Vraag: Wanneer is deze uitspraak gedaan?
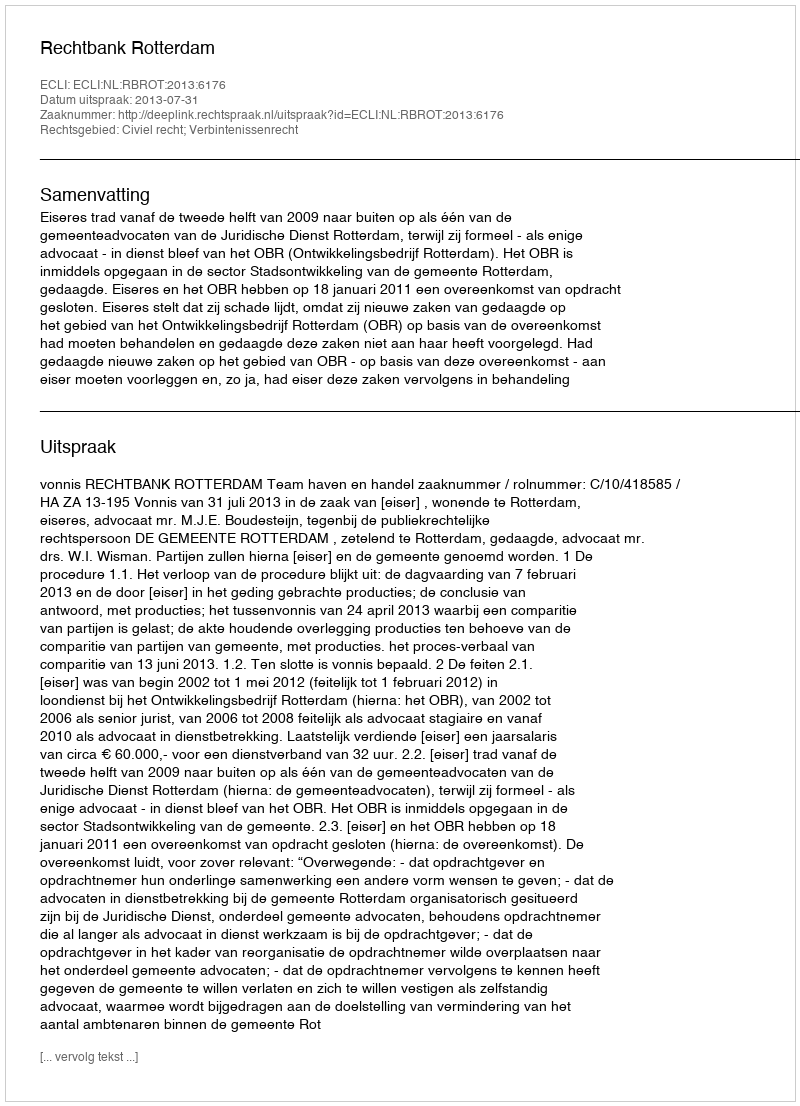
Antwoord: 2013-07-31